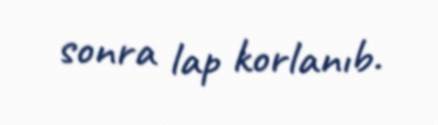
sonra lap korlanıb.